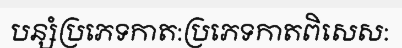
បន្សំប្រភេទកាត:ប្រភេទកាតពិសេស: